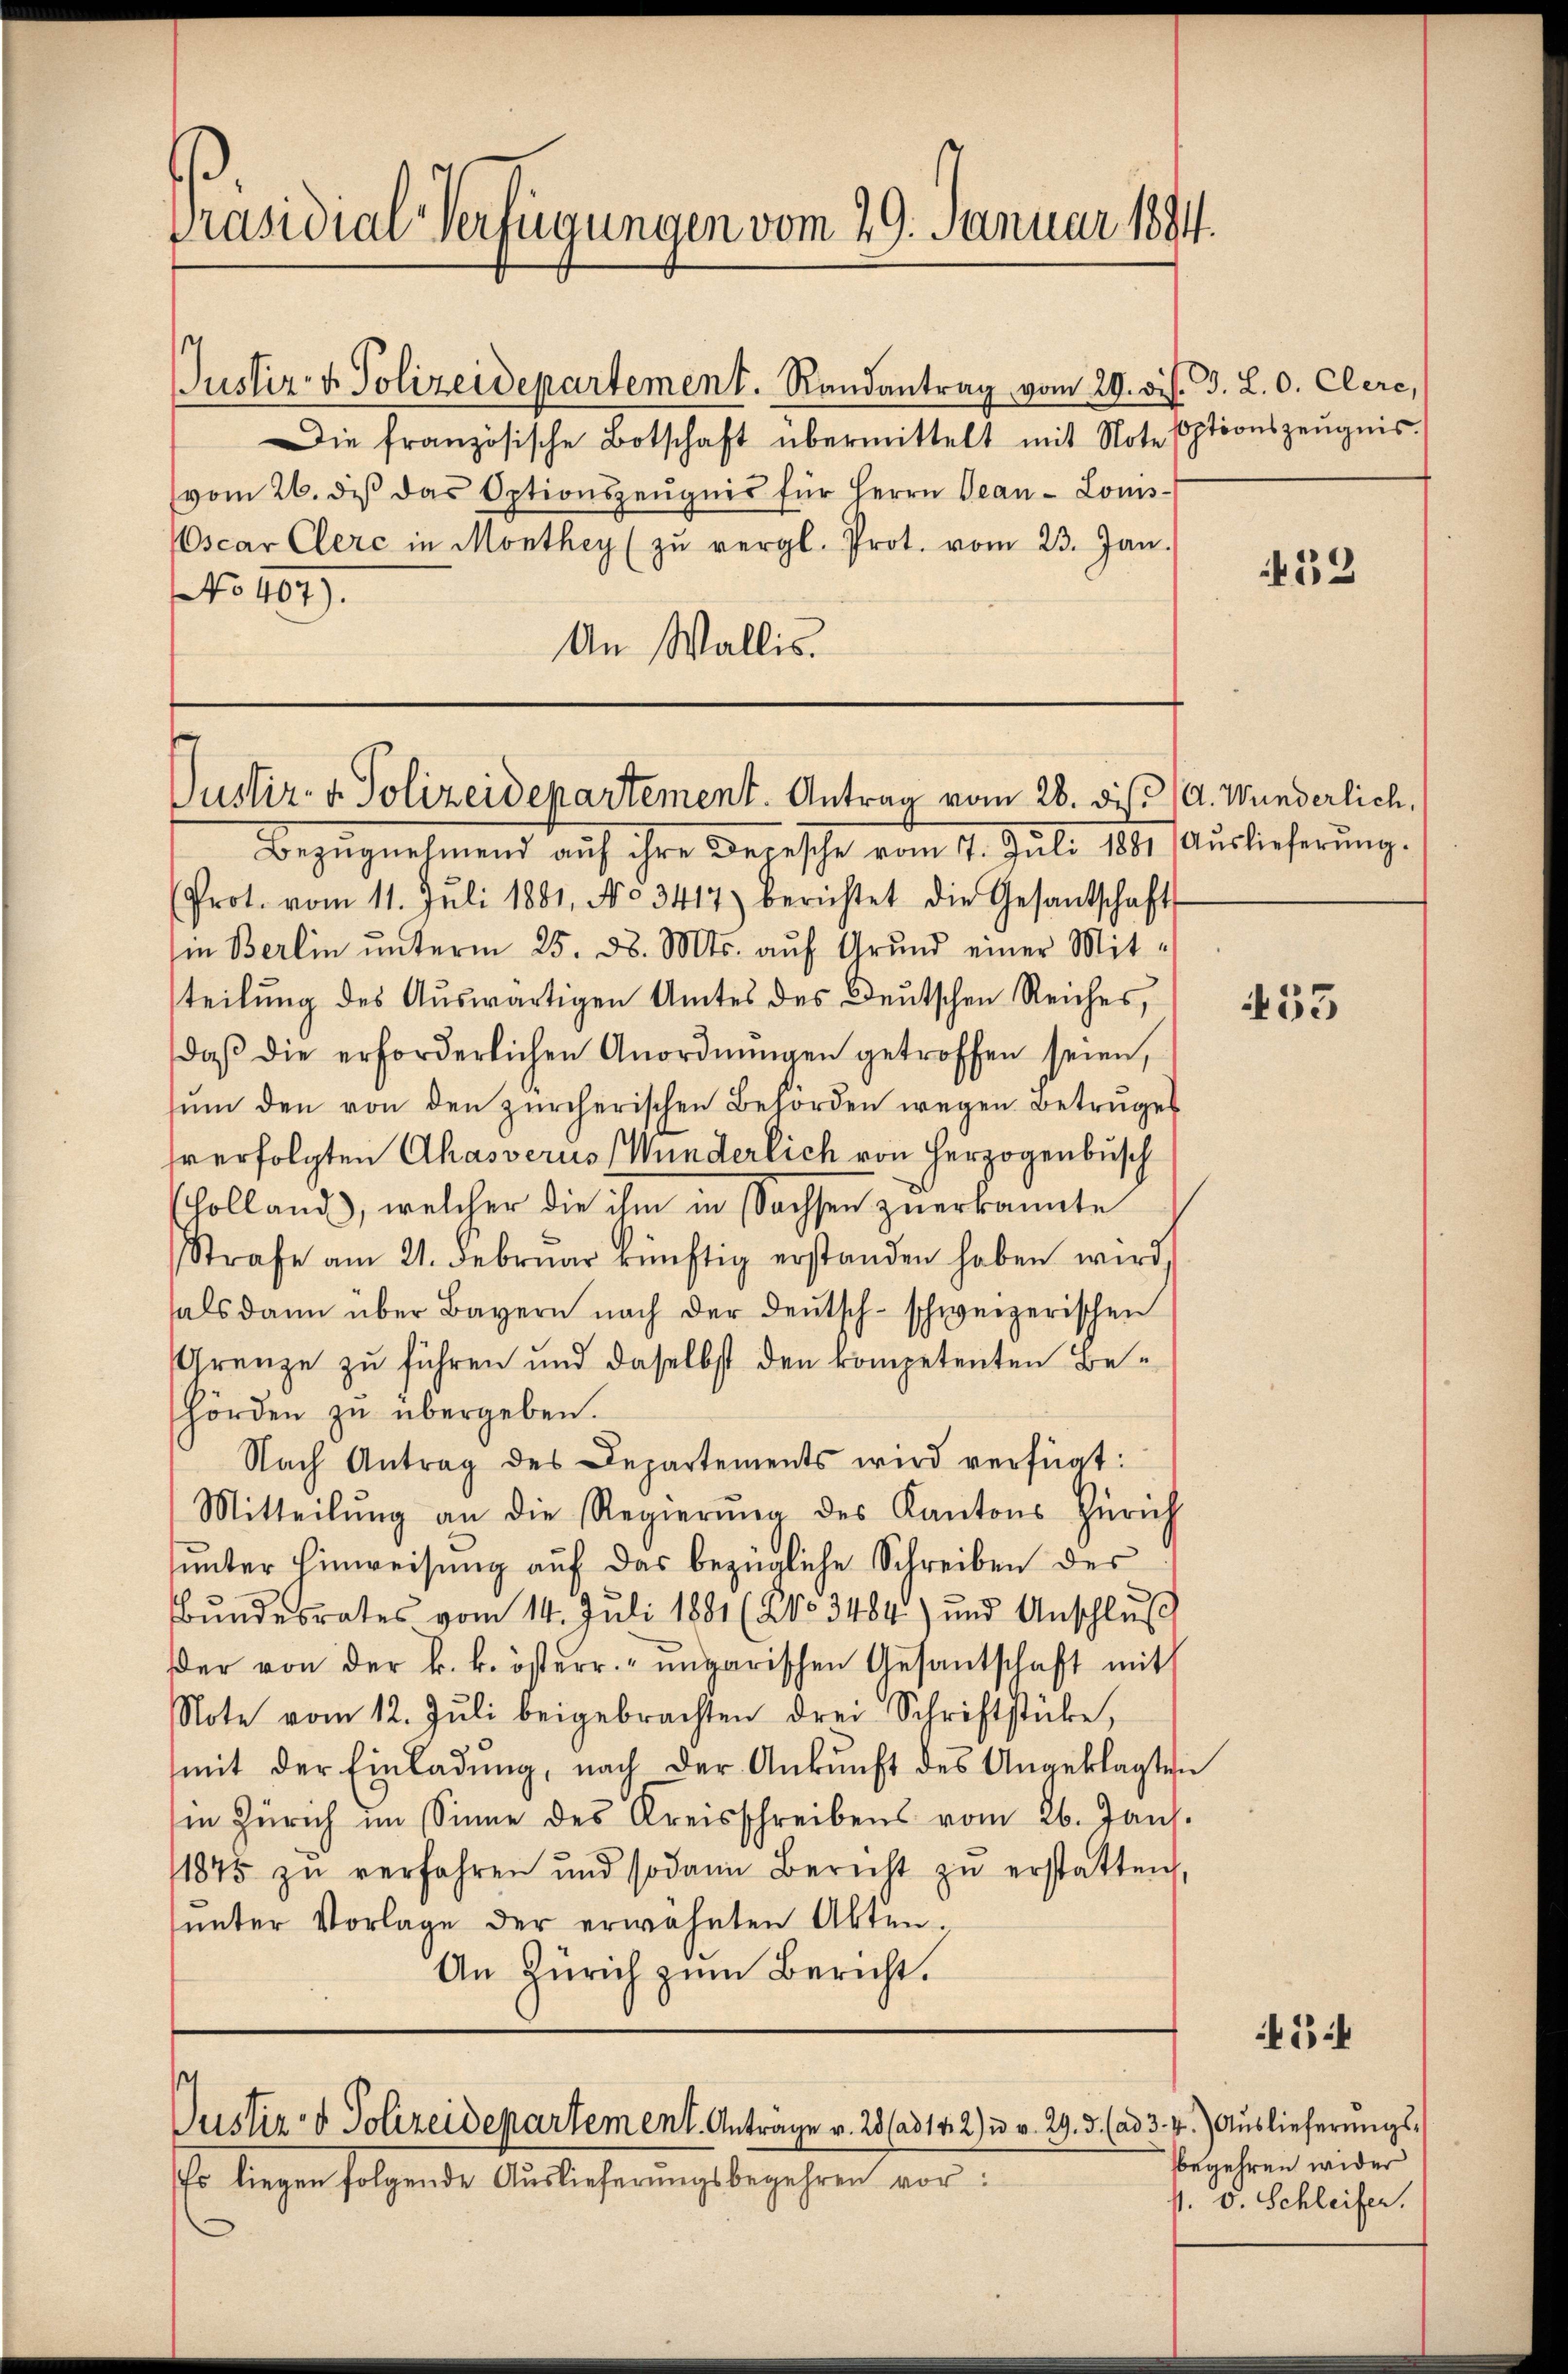
Präsidial-Verfügungen vom 29. Januar 1894.

Justiz- & Polizeidepartement. Randantrag vom 29. di
Die französische Botschaft übermittelt mit Note Eptionszeŭgnis.
(vom 26. des das Optionszeŭgnis für Herrn Beau-Loms-
scar Clerc in Monthey (zŭ vergl. Prot. vom 23. Jan.
No 407).
An Wallis.

Justiz- & Polizeidepartement. Antrag vom 28. dis (A. Wunderlich,

Bezŭgnehmend auf ihre Depesche vom 17. Juli 1881 Auslieferŭng.
(Prot. vom 11. Jŭli 1881, No 3417) berichtet die Gesandschafts
in Berlin ŭnterm 25. d. Mts. aŭf Grŭnd einer Mit-
teilung des Auswärtigen Amtes des Deutschen Reiches,
daβ die erforderlichen Anordnŭngen getroffen seien,
sŭm den von den zürcherischen Behörden wegen Betruges
sverfolgten Ahasverus Münderlich von Herzogenbusch
olland, welcher die ihm in Sachsen zuerkannte
Strafe am 21. Febrŭar künftig erstanden haben wird,
als dann über Bayern nach der Deutsch-schweizerischen
Grenze zu führen und daselbst den kompetenten Behörden zu übergeben.
Nach Antrag des Departements wird verfügt:
Mitteilung an die Regierung des Kantons Zürich
unter Einweisung auf das bezügliche Schreiben des
Bŭndesrates vom 14. Juli 1881 (20. 3484) und Anschlŭβ
Der von der k. k. österr. ungarischen Gesantschaft mit
Note vom 12. Jŭli beigebrachten drei Schriftstücke,
mit der Einladŭng, nach der Ankunft des Angeklagten
in Zürich im Sinne des Kreisschreibens vom 26. Jan.
1875 zŭ verfahren und sodann Bericht zŭ erstatten,
unter Vorlage der erwähnten Akten.
An Zürich zum Bericht.

Justiz- & Polizeidepartement. Antrage v. 28 (ad 142) u. v. 29. d. (ad 3. 4.) Auslieferungs¬

Es liegen folgende Auslieferungsbegehren vor:

EG. L. 0. Clere,

32

453

54

begehren wider
11. v. Schleifer.